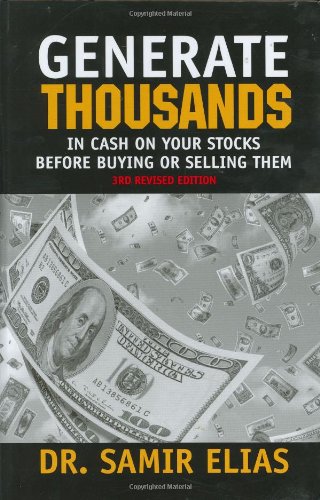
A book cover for Generate Thousands in Cash on your Stocks Before Buying or Selling Them: Third Edition; Samir Elias; Business & Money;